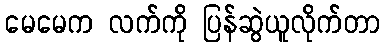
မေမေက လက်ကို ပြန်ဆွဲယူလိုက်တာ